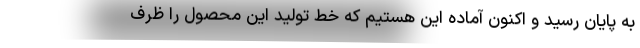
به پایان رسید و اکنون آماده این هستیم که خط تولید این محصول را ظرف